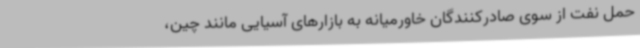
حمل نفت از سوی صادرکنندگان خاورمیانه به بازارهای آسیایی مانند چین،